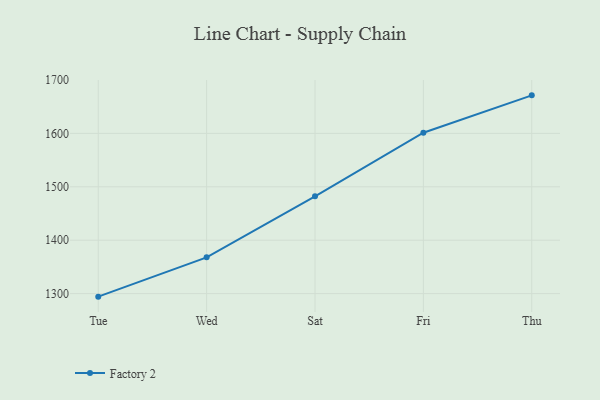
{"axis": {"x": "Day", "y": "Backlog"}, "legend": ["Factory 2"], "data": [{"x": "Tue", "y": 1294.3, "type": "Factory 2"}, {"x": "Wed", "y": 1367.9, "type": "Factory 2"}, {"x": "Sat", "y": 1482.1, "type": "Factory 2"}, {"x": "Fri", "y": 1601.3, "type": "Factory 2"}, {"x": "Thu", "y": 1671.3, "type": "Factory 2"}]}